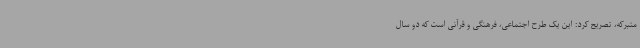
متبرکه، تصریح کرد: این یک طرح اجتماعی، فرهنگی و قرآنی است که دو سال